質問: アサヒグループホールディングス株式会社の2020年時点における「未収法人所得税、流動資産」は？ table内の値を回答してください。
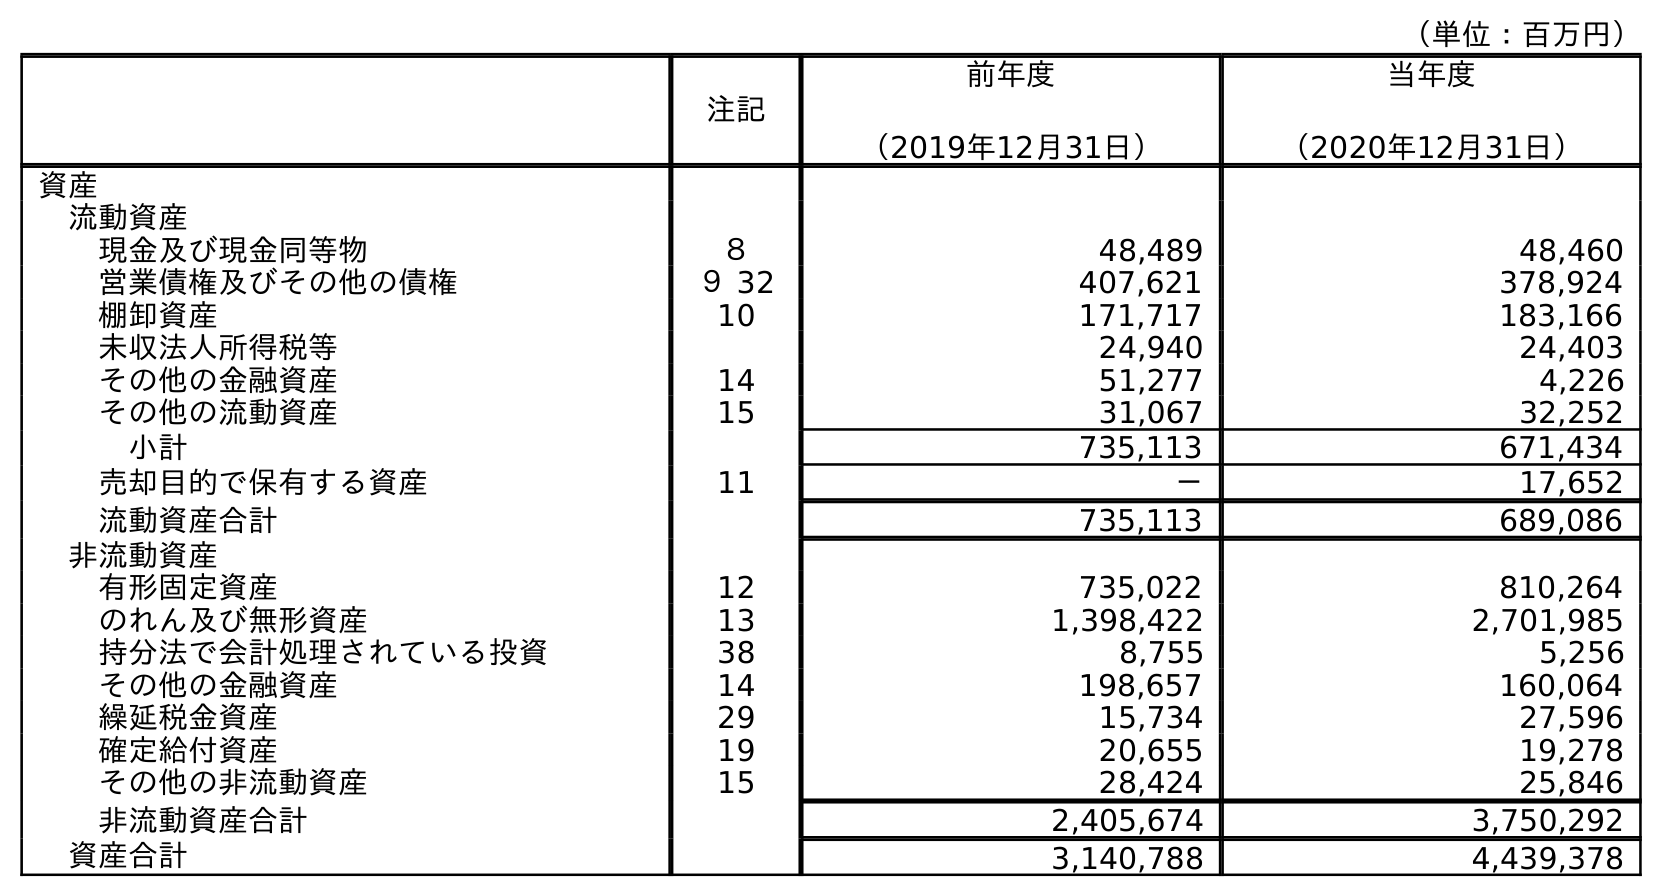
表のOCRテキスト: （単位：百万円） 注記 前年度 （2019年12月31日） 当年度 （2020年12月31日） 資産 流動資産 現金及び現金同等物 ８ 48,489 48,460 営業債権及びその他の債権 ９ 32 407,621 378,924 棚卸資産 10 171,717 183,166 未収法人所得税等 24,940 24,403 その他の金融資産 14 51,277 4,226 その他の流動資産 15 31,067 32,252 小計 735,113 671,434 売却目的で保有する資産 11 － 17,652 流動資産合計 735,113 689,086 非流動資産 有形固定資産 12 735,022 810,264 のれん及び無形資産 13 1,398,422 2,701,985 持分法で会計処理されている投資 38 8,755 5,256 その他の金融資産 14 198,657 160,064 繰延税金資産 29 15,734 27,596 確定給付資産 19 20,655 19,278 その他の非流動資産 15 28,424 25,846 非流動資産合計 2,405,674 3,750,292 資産合計 3,140,788 4,439,378
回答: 24,403